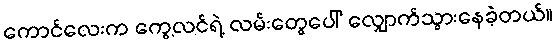
ကောင်လေးက ကွေ့လင်ရဲ့ လမ်းတွေပေါ် လျှောက်သွားနေခဲ့တယ်။